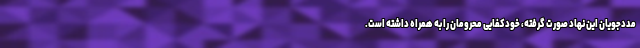
مددجویان این نهاد صورت گرفته، خودکفایی محرومان را به همراه داشته است.